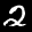
Label: 2